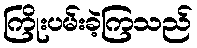
ကြိုးပမ်းခဲ့ကြသည်